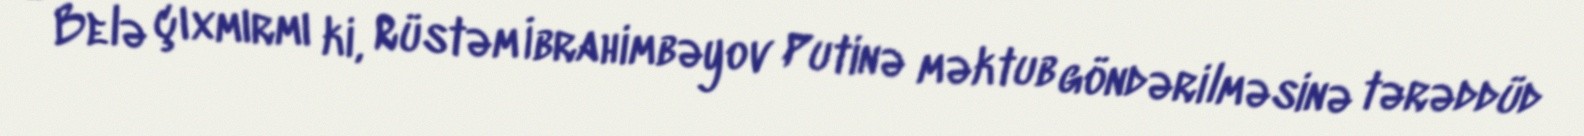
- Belə çıxmırmı ki, Rüstəm İbrahimbəyov Putinə məktub göndərilməsinə tərəddüd